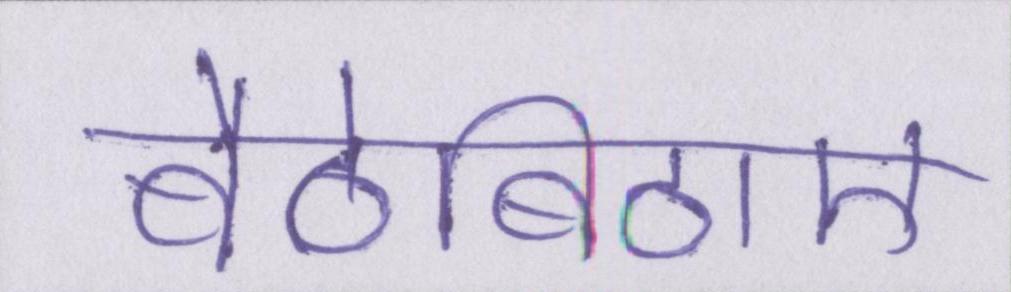
बैठेबिठाए